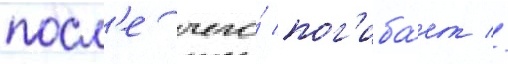
посл'е чего́ пог'иба́ет //